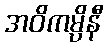
အဝိကမ္ပိနီ